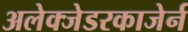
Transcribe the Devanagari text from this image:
अलेक्जेडरकाजेर्न